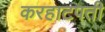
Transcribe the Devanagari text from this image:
करहाटपती